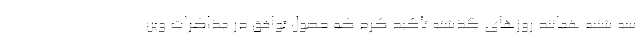
سه شنبه همانند روزهای گذشته تأکید کرد که حصول توافق در مذاکرات وین